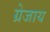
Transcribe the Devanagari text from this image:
ग्रेजाय